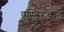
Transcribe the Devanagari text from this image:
एस्टि्रन्जेन्ट